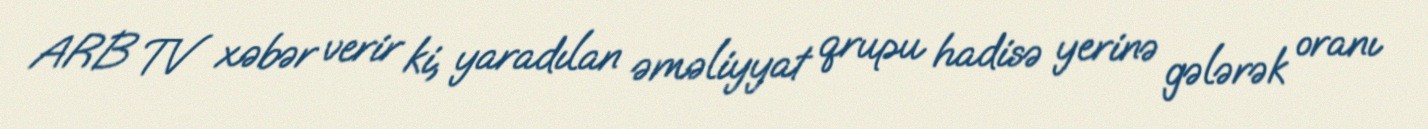
ARB TV xəbər verir ki, yaradılan əməliyyat qrupu hadisə yerinə gələrək oranı